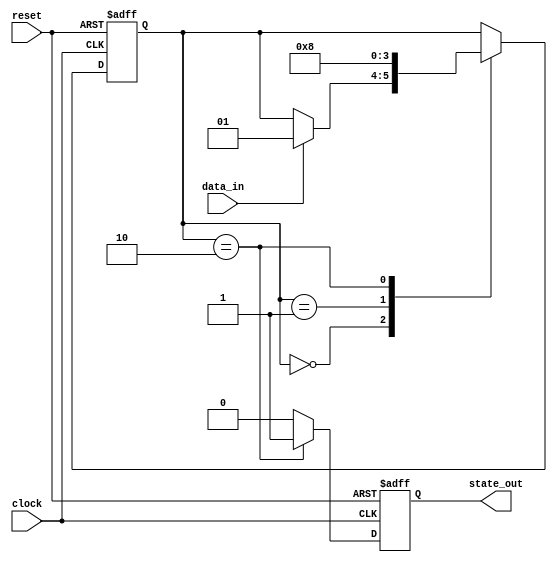
module synchronous_fsm (
    input wire clock,     // Clock input
    input wire reset,     // Active-high reset
    input wire data_in,   // Input data for state transition
    output reg state_out   // Output representing the current state
);

    // State variable
    reg [1:0] state; // 2-bit state variable

    // State encoding
    localparam STATE_IDLE   = 2'b00;
    localparam STATE_ACTIVE = 2'b01;
    localparam STATE_DONE   = 2'b10;

    // Sequential logic block
    always @(posedge clock or posedge reset) begin
        if (reset) begin
            // Reset state
            state <= STATE_IDLE;
            state_out <= 1'b0; // Initial output
        end else begin
            // State transition logic
            case (state)
                STATE_IDLE: begin
                    if (data_in) begin
                        state <= STATE_ACTIVE;
                    end
                end
                STATE_ACTIVE: begin
                    state <= STATE_DONE;
                end
                STATE_DONE: begin
                    // Transition back to idle state
                    state <= STATE_IDLE;
                end
            endcase
            
            // Output generation
            state_out <= (state == STATE_DONE) ? 1'b1 : 1'b0;
        end
    end

endmodule